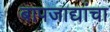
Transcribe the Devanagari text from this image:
बापजाद्यांचा